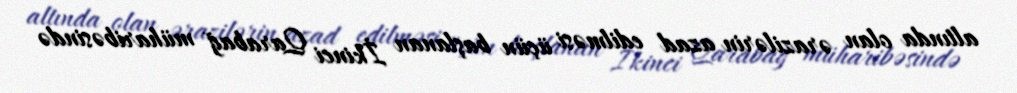
altında olan ərazilərin azad edilməsi üçün başlanan İkinci Qarabağ müharibəsində